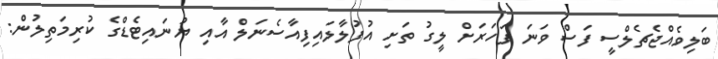
ބަލިވެއްޖެޗެލްސީ ފަސް ވަނަ ފަހަރަށް ލީގު ތަށި އުފުލާލައިފިއާސެނަލް އާއި ޔުނައިޓެޑްގެ ކުރިމަތިލުން: